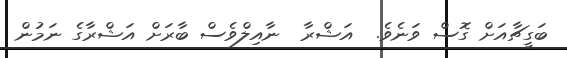
ބަގީޗާއަށް ގޮސް ވަނެވެ.  އަޝްރާ  ނާއިލްވެސް ބާރަށް އަޝްރާގެ ނަމުން